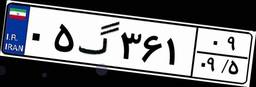
۰۵گ۳۶۱۰۹